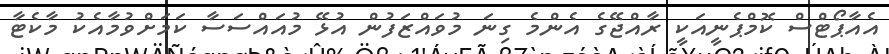
އެއާޕޯޓްސް ކޮމްޕެނީއަކީ ރާއްޖޭގެ އެންމެ ގިނަ މުވައްޒަފުން އުޅޭ މުއައްސަސާ ކަމަށްވުމާއެކު މާކެޓާ